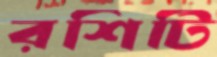
রশিটি